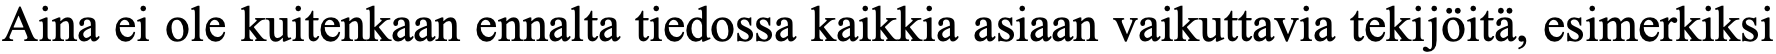
Aina ei ole kuitenkaan ennalta tiedossa kaikkia asiaan vaikuttavia tekijöitä, esimerkiksi